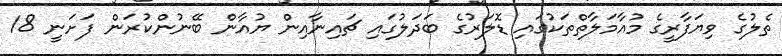
ތެލުގެ ވިޔަފާރީގެ މުއާމަލާތްތަކުގައި ޑޮލަރުގެ ބަދަލުގައި ޗައިނާއިން ޔުއާން ބޭނުންކުރަން ފަށަނީ 18